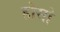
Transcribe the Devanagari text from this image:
होसो